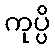
ကုပ္ပိ